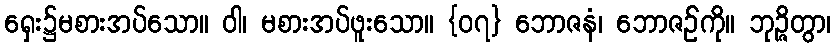
ရှေး၌မစားအပ်သော။ ဝါ၊ မစားအပ်ဖူးသော။ {၀၇} ဘောဇနံ၊ ဘောဇဉ်ကို။ ဘုဉ္ဇိတွာ၊